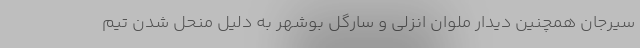
سیرجان همچنین دیدار ملوان انزلی و سارگل بوشهر به دلیل منحل شدن تیم